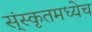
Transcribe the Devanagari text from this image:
स्ंस्कृतमध्येच